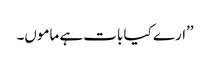
’’ارے کیا بات ہے ماموں۔